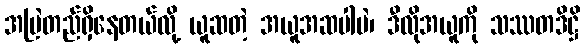
အမြဲတည်ရှိနေတယ်လို့ ယူဆတဲ့ အယူအဆပါပဲ၊ ဒီလိုအယူကို သဿတဒိဋ္ဌိ